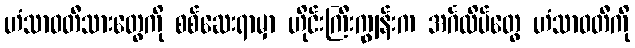
ဟံသာဝတီသားတွေကို စစ်ဆေးရာမှာ ဟိုင်းကြီးကျွန်းက အင်္ဂလိပ်တွေ ဟံသာဝတီကို